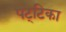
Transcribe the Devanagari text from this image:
पट्‌टिका